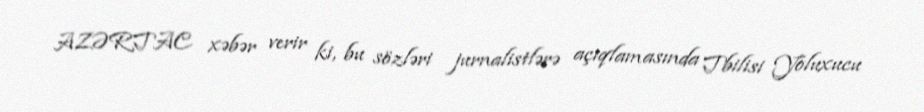
AZƏRTAC xəbər verir ki, bu sözləri jurnalistlərə açıqlamasında Tbilisi Yoluxucu